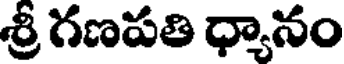
శ్రీ గణపతి ధ్యానం